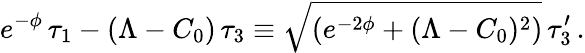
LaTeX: e^{-\phi}\, \tau_{1}-(\Lambda-C_{0})\, \tau_{3}\equiv\sqrt{(e^{-2\phi}+(\Lambda-C_{0})^{2})}\, \tau_{3}^{\prime}\, .